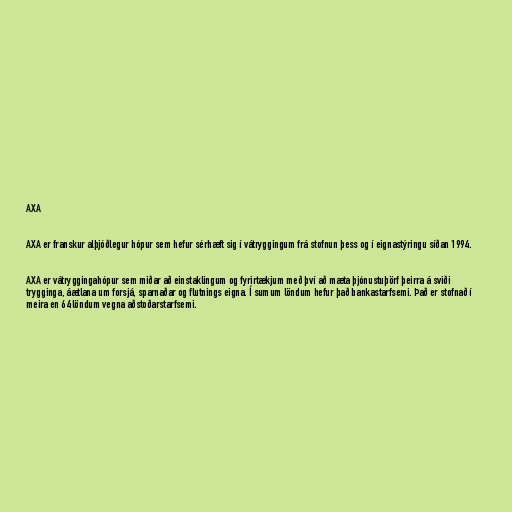
AXA

AXA er franskur alþjóðlegur hópur sem hefur sérhæft sig í vátryggingum frá stofnun þess og í eignastýringu síðan 1994.

AXA er vátryggingahópur sem miðar að einstaklingum og fyrirtækjum með því að mæta þjónustuþörf þeirra á sviði
trygginga, áætlana um forsjá, sparnaðar og flutnings eigna. Í sumum löndum hefur það bankastarfsemi. Það er stofnað í
meira en 64 löndum vegna aðstoðarstarfsemi.